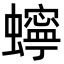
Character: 䗿